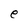
Character: e